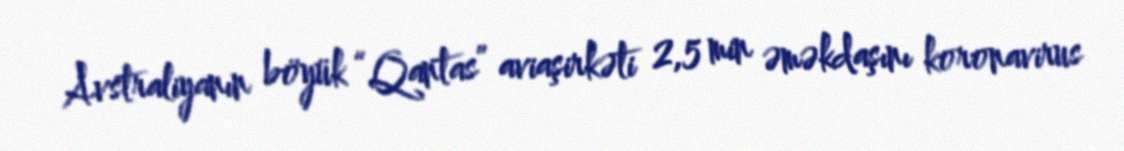
Avstraliyanın böyük “Qantas” aviaşirkəti 2,5 min əməkdaşını koronavirus